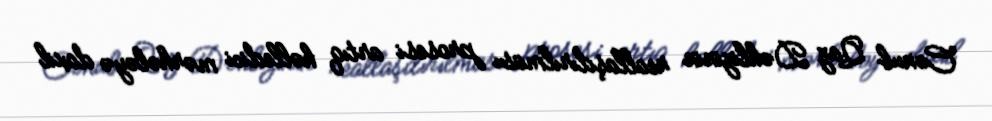
Cənub Qaz Dəhlizinin reallaşdırılması prosesi artıq həlledici mərhələyə daxil